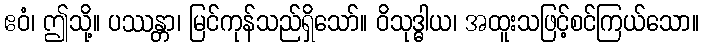
ဧဝံ၊ ဤသို့။ ပဿန္တာ၊ မြင်ကုန်သည်ရှိသော်။ ဝိသုဒ္ဓါယ၊ အထူးသဖြင့်စင်ကြယ်သော။